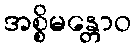
အစ္စိမန္တောဝ